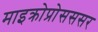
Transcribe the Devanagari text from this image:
माइक्रोप्रोसससर